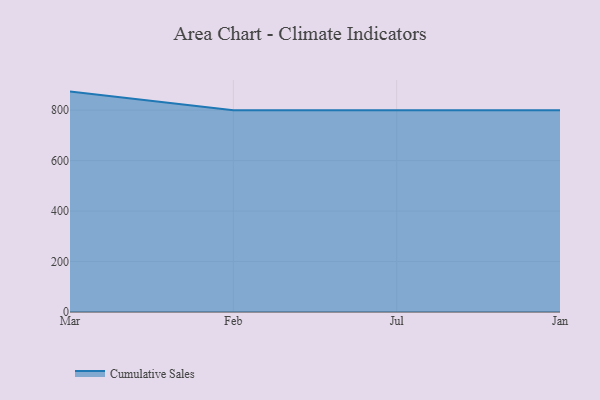
{"axis": {"x": "Month", "y": "Customer Acquisition Cost (USD)"}, "legend": ["Cumulative Sales"], "data": [{"x": "Mar", "y": 873.5, "type": "Cumulative Sales"}, {"x": "Feb", "y": 800, "type": "Cumulative Sales"}, {"x": "Jul", "y": 800, "type": "Cumulative Sales"}, {"x": "Jan", "y": 800, "type": "Cumulative Sales"}]}